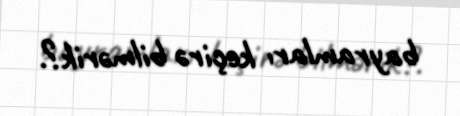
bayramları keçirə bilmərik?.